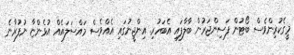
މީގެކުރިންވެސް ބޯޓުން ފަސިންޖަރުން ބާލާފައި އެބަހުރި. އިންޖީނުގައި އެއްވެސް މައްސަލައެއް އުޅެންޏާ ނުފުރާނެ